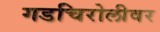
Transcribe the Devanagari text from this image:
गडचिरोलीवर